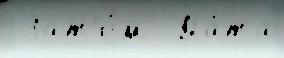
 Зат'е́м  Да́та